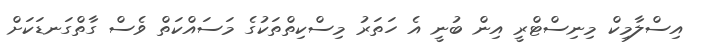
އިސްލާމިކް މިނިސްޓްރީ އިން ބުނީ އެ ހަތަރު މިސްކިތްތަކުގެ މަސައްކަތް ވެސް ގާތްގަނޑަކަށް